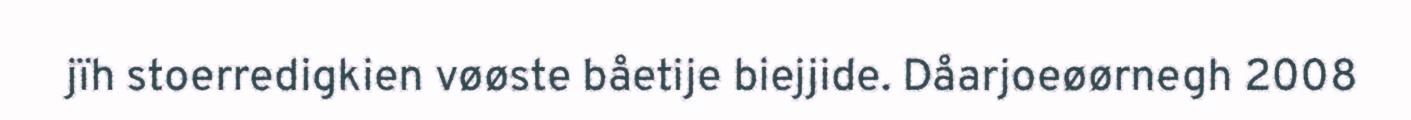
jïh stoerredigkien vøøste båetije biejjide. Dåarjoeøørnegh 2008